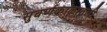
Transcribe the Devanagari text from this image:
सुवर्णकाळातली